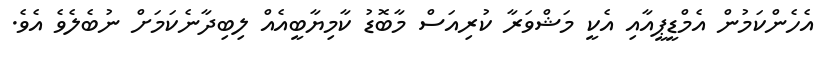
އެހެންކަމުން އެމްޑީޕީއާއި އެކީ މަޝްވަރާ ކުރިއަސް މާބޮޑު ކާމިޔާބީއެއް ލިބިދާނެކަމަށް ނުބެލެވެ އެވެ.